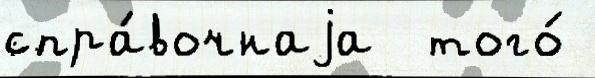
спра́вочнаjа  того́